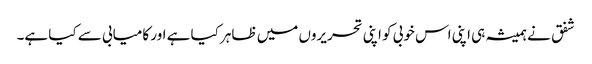
شفق نے ہمیشہ ہی اپنی اس خوبی کو اپنی تحریروں میں ظاہر کیا ہے اور کامیابی سے کیا ہے۔